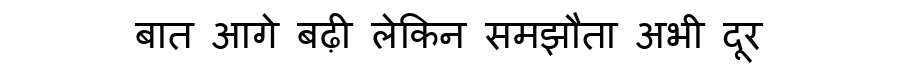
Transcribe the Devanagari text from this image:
बात आगे बढ़ी लेकिन समझौता अभी दूर